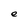
Character: e